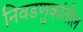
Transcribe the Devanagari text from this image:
निवडणुकांतील